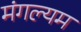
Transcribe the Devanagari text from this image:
मंगल्यम